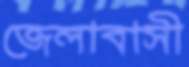
জেলাবাসী